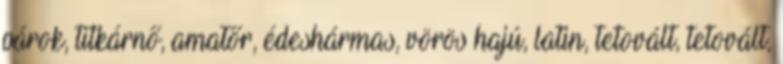
párok, titkárnő, amatőr, édeshármas, vörös hajú, latin, tetovált, tetovált,